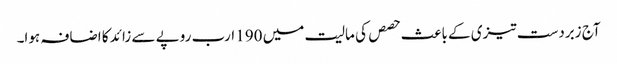
آج زبردست تیزی کے باعث حصص کی مالیت میں 190 ارب روپے سے زائد کا اضافہ ہوا۔